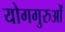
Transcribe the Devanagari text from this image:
योगगुरुओं